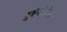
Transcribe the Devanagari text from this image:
तुरुंगांतील